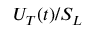
U _ { T } ( t ) / S _ { L }